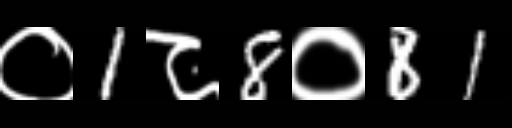
Text: ०1८8०81